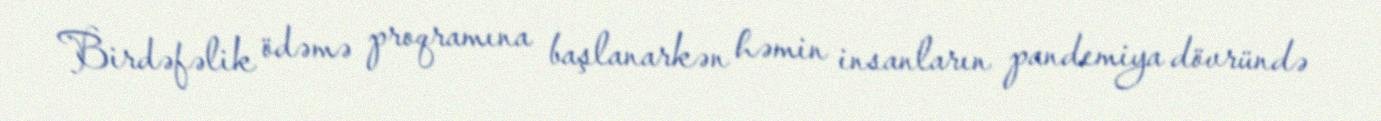
Birdəfəlik ödəmə proqramına başlanarkən həmin insanların pandemiya dövründə